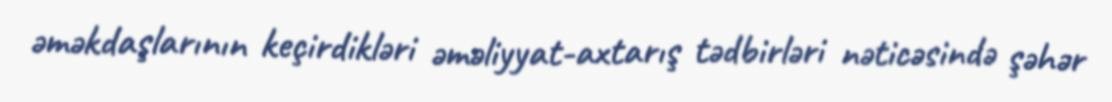
əməkdaşlarının keçirdikləri əməliyyat-axtarış tədbirləri nəticəsində şəhər